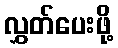
လွှတ်ပေးဖို့